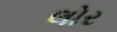
લોર